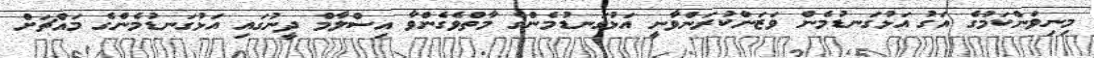
މިނިވަންކަމުގެ އަގު އަޅުގަނޑުމެން ވަޒަންކުރަންވާނީ އަޅުގަނޑުމެންގެ މާތްވެގެންވާ އިސްލާމް ދީނުގައި އަޅުގަނޑުމެންގެ މައްޗަށް